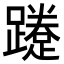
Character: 𨆐